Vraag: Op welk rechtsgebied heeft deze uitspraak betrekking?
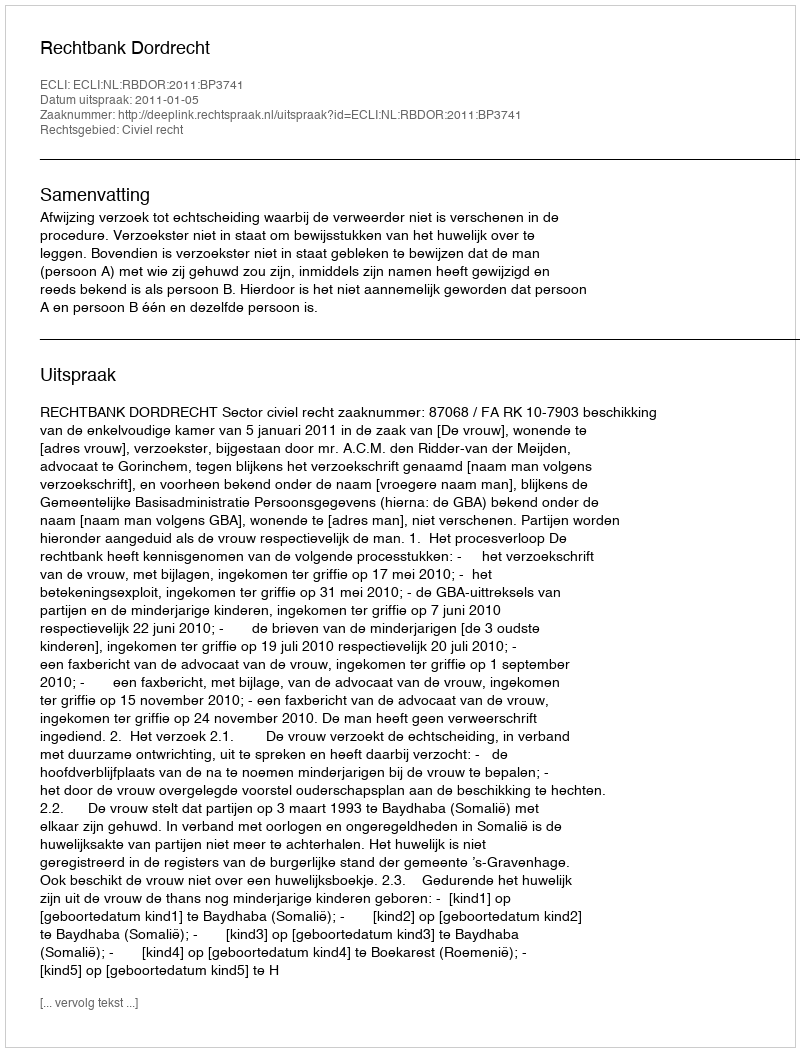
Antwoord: Civiel recht